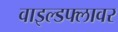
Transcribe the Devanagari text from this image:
वाइल्डफ्लावर